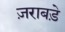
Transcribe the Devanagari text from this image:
ज़राबड़े